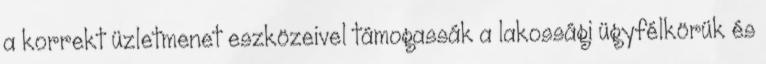
a korrekt üzletmenet eszközeivel támogassák a lakossági ügyfélkörük és